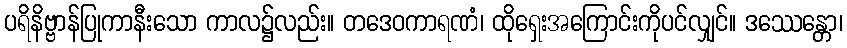
ပရိနိဗ္ဗာန်ပြုကာနီးသော ကာလ၌လည်း။ တဒေဝကာရဏံ၊ ထိုရှေးအကြောင်းကိုပင်လျှင်။ ဒဿေန္တော၊